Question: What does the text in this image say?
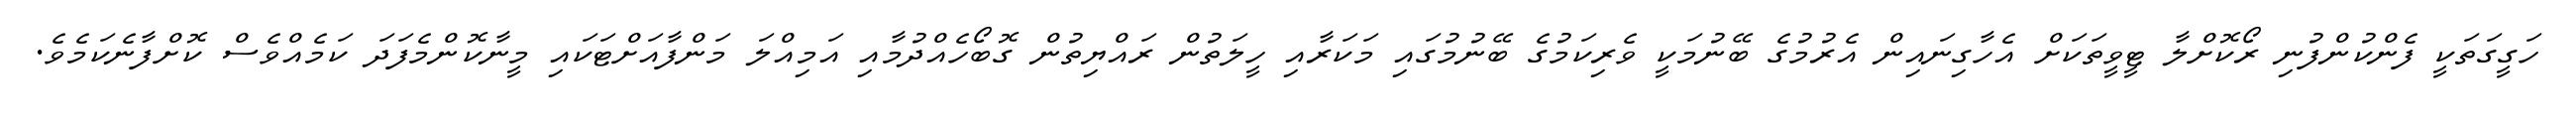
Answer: ހަގީގަތަކީ ފެންކުންފުނި ރޯކޮށްލާ ޓީވީތަކަށް އެހާގިނައިން އެރުމުގެ ބޭނުމަކީ ވެރިކަމުގެ ބޭނުމުގައި މަކަރާއި ހީލަތުން ރައްޔިތުން ގޮބޯހެއްދުމާއި އަމިއްލަ މަންފާއަށްޓަކައި މީނާކޮންމެފަދަ ކަމެއްވެސް ކޮށްފާނެކަމެވެ.